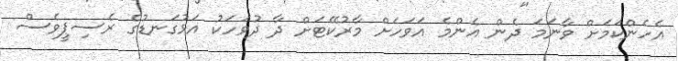
އެހެންކަމަށް ވާނަމަ ދެން އެންމެ އަވަހަށް މާރުކޭޓަށް ދާ ދުވަހަކު އަޅުގަނޑުގެ ރެސިޕީވެސް